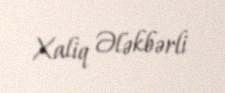
Xaliq Ələkbərli